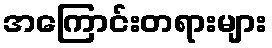
အကြောင်းတရားများ